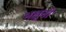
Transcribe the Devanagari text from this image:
भक्षुनी